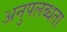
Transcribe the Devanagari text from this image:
अनुपलब्‍धता